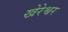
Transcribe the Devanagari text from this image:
खेरेश्वर